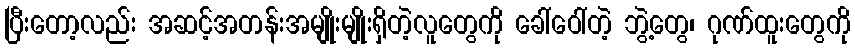
ပြီးတော့လည်း အဆင့်အတန်းအမျိုးမျိုးရှိတဲ့လူတွေကို ခေါ်ဝေါ်တဲ့ ဘွဲ့တွေ၊ ဂုဏ်ထူးတွေကို